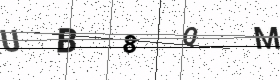
Text: UB8QM